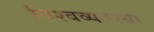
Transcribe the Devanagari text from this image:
विश्वव्यवस्था